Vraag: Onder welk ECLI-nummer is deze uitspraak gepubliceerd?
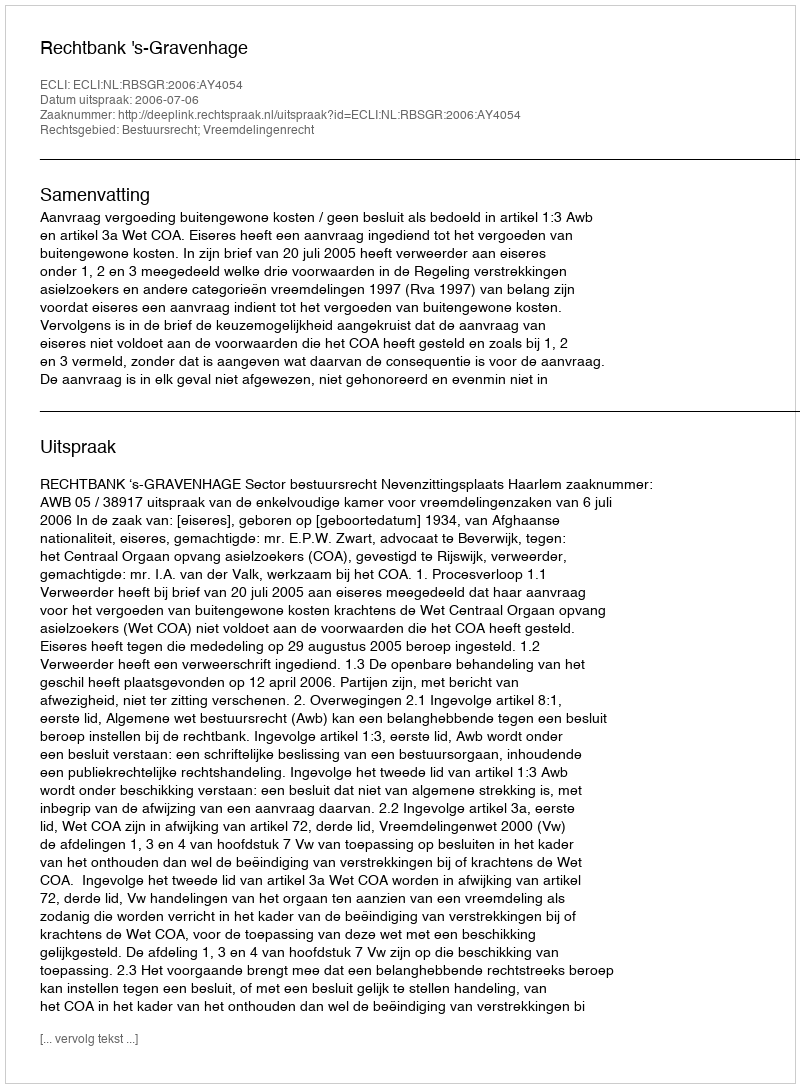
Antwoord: ECLI:NL:RBSGR:2006:AY4054